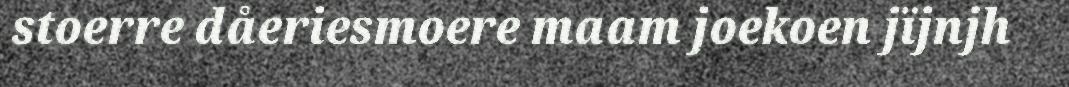
stoerre dåeriesmoere maam joekoen jïjnjh